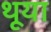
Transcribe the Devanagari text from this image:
थूया